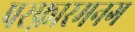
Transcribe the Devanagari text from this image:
परफ़ारमनग